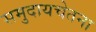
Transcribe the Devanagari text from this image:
समुदायचेतना